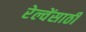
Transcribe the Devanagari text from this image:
रेल्वेंसाठी